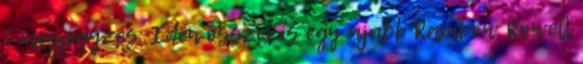
1 megjegyzés: Idén ősszel is egy újabb Rainbow Rowell